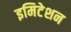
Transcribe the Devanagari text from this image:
इमिटेशन